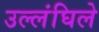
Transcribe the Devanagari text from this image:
उल्लंघिले